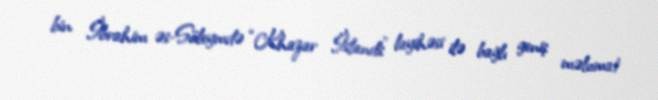
bin İbrahim əs-Süleymdə “Khazar İslands” layihəsi ilə bağlı geniş məlumat